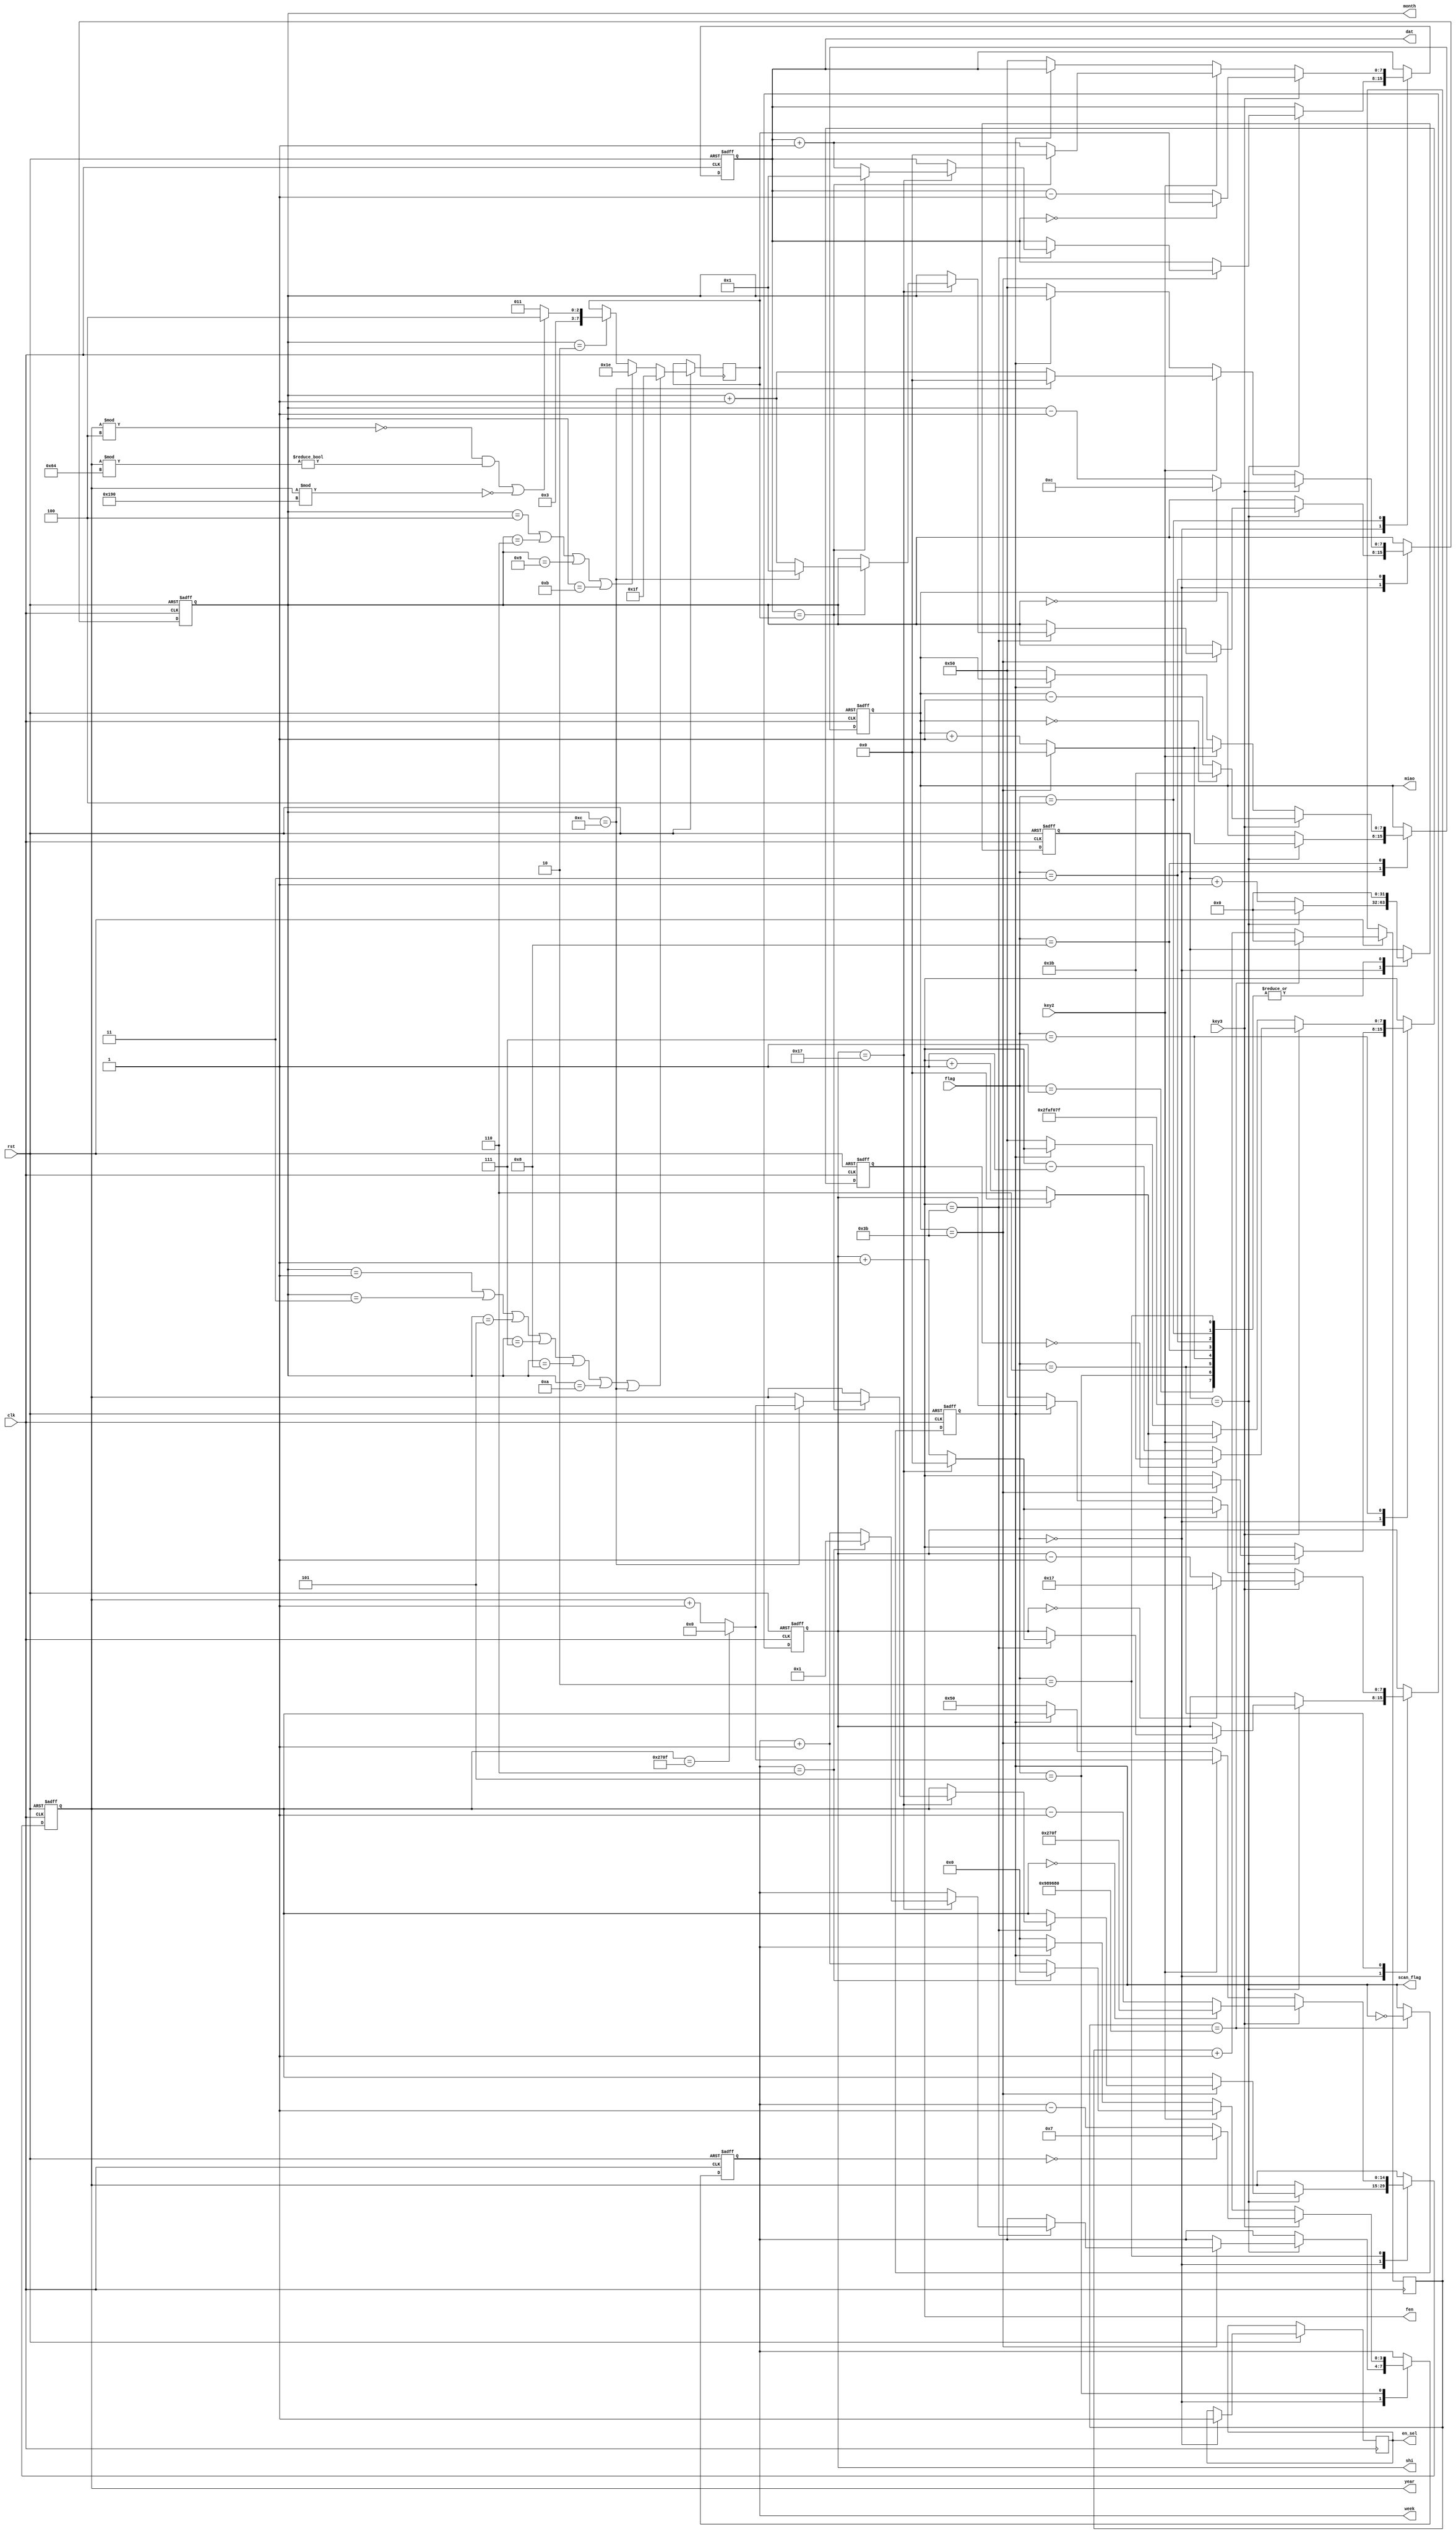
module time_module
(
clk,
flag,
rst,
key2,key3,
shi,fen,miao,
year,month,dat,
week,
en_sel,
scan_flag
);

input clk;
input [3:0] flag;
input rst;
input key2,key3;
output [7:0] shi,fen,miao;
output [7:0] month,dat;
output [14:0] year;
output [3:0] week;
output en_sel;
output scan_flag;


 reg [14:0] year;
 reg [7:0] shi,fen,miao,month,dat;
 reg en_sel;



//================================================ 
 reg [31:0] count2;
 reg  scan_flag;
 always @ (posedge clk or negedge rst) //
 begin
  if(!rst)
  begin
   scan_flag<=1'b0;
  end
  else
  begin
   count2<=count2+1;
   if(count2==32'd10000000)
   begin
    count2<=32'b0;
    scan_flag<=~scan_flag;
   end
  end
 end

 
//
 reg [31:0] count1;
 reg[3:0] week;
 reg[7:0] dat_flag;
 always @ (posedge clk or negedge rst )   
 begin
   if(!rst)
   begin //  2020-07-09  Thu    Clock:00-00-00
   shi<=8'b0;fen<=8'b0;miao<=8'b0;
   month<=8'd7;dat<=8'd9;year<=16'd2020;week<=4'd3;
	count1 <= 32'd0;
	end
	else
	 begin 
    shi<=shi;fen<=fen;miao<=miao;
    month<=month;dat<=dat;year<=year;week<=week;	

   // 31
   if(month==8'd1||month==8'd3||month==8'd5||month==8'd7||month==8'd8||month==8'd10||month==8'd12)
    dat_flag<=8'd31;
   // 30
   else if(month==8'd4||month==8'd6||month==8'd9||month==8'd11)
    dat_flag<=8'd30;
   // 
   else if(month==8'd2)
   begin
    if(year % 4 == 0 && year % 100 != 0 || year % 400 == 0)
     dat_flag<=28;
    else dat_flag<=27;
   end
    
   case(flag)
   4'b0000 :
    begin
     en_sel<=1'b1;     
     count1<=count1+1'b1;
     if(count1==32'd49999999)
     begin
      count1<=1'b0;
      miao<=miao+1'b1;
      if(miao==8'd59)
      begin
       miao<=1'b0;
       fen<=fen+1'b1;
       if(fen==8'd59)
       begin
        fen<=1'b0;
        shi<=shi+1'b1;
        if(shi==8'd23)
        begin
         shi<=1'b0;
         dat<=dat+1'b1;
         week<=week+1'b1;
         if(week==4'b0110)
          week<=1'b1;
         if(dat==dat_flag)
         begin
          dat<=8'd1;
          month<=month+1'b1;
          if(month==8'd12)
          begin
           month<=8'd1;
           year<=year+1'b1;
           if(year==16'd9999)
            year<=16'd0; //1
          end
         end         
        end
       end
      end
     end
    end
   4'b0001 :
    begin
     count1<=32'b0; 
	  shi<=shi;fen<=fen;miao<=miao;year<=year;month<=month;dat<=dat;week<=week;
    end
   4'b0010 : //
    begin
     case(scan_flag)
     1'b0:
      begin
       count1<=32'b0; //shi<=shi;fen<=fen;miao<=miao;
       year<=15'd80;
      end
     1'b1:
      begin
       count1<=32'b0; //shi<=shi;fen<=fen;miao<=miao;
      end
     endcase
     if(key2) //
     begin 
      year<=year+1'b1;
      if(year==16'd9999)
       year<=16'd0;
     end
     if(key3) //
     begin 
      year<=year-1'b1;
      if(year==16'd0)
       year<=16'd9999;
     end
    end
   4'b0011 : //
    begin
     case(scan_flag)
     1'b0:
      begin
       count1<=32'b0; //shi<=shi;fen<=fen;miao<=miao;
       month<= 8'd80;
      end
     1'b1:
      begin
       count1<=32'b0; //shi<=shi;fen<=fen;miao<=miao;
      end
     endcase
     if(key2) //
     begin 
      month<=month+1'b1;
      if(month==8'd12)
       month<=8'd0;
     end
     if(key3) //
     begin 
      month<=month-1'b1;
      if(month==8'd0)
       month<=8'd12;
     end
    end    
   4'b0100 : //
    begin
     case(scan_flag)
     1'b0:
      begin
       count1<=32'b0; //shi<=shi;fen<=fen;miao<=miao;
       dat<= 8'd80;
      end
     1'b1:
      begin
       count1<=32'b0; //shi<=shi;fen<=fen;miao<=miao;
      end
     endcase
     if(key2) //
     begin 
      dat<=dat+1'b1;
      if(dat==dat_flag)
       dat<=8'd0;
     end
     if(key3) //
     begin 
      dat<=dat-1'b1;
      if(dat==8'd0)
       dat<=dat_flag;
     end
    end     
   4'b0101 : //
    begin
     case(scan_flag)
     1'b0:
      begin
       count1<=32'b0; //shi<=shi;fen<=fen;miao<=miao;
       week<= 8'd80;
      end
     1'b1:
      begin
       count1<=32'b0; //shi<=shi;fen<=fen;miao<=miao;
      end
     endcase
     if(key2) //
     begin 
      week<=week+1'b1;
      if(week==4'd6)
       week<=4'd0;
     end
     if(key3) //
     begin 
      week<=week-1'b1;
      if(week==4'd0)
       week<=4'd7;
     end
    end 
   4'b0110 : //
    begin
     case(scan_flag)
     1'b0:
      begin
       count1<=32'b0; //shi<=shi;fen<=fen;miao<=miao;
       shi<= 8'd80;
      end
     1'b1:
      begin
       count1<=32'b0; //shi<=shi;fen<=fen;miao<=miao;
      end
     endcase
     if(key2) //
     begin 
      shi<=shi+8'b00000001;
      if(shi==8'd23)
       shi<=8'b0;
     end
     if(key3) //
     begin 
      shi<=shi-8'b00000001;
      if(shi==8'b0)
       shi<=23;
     end
    end
   4'b0111 : //
    begin
     case(scan_flag)
     1'b0:
      begin
       count1<=32'b0; //shi<=shi;fen<=fen;miao<=miao;
       fen<= 8'd80;
      end
     1'b1:
      begin
       count1<=32'b0; //shi<=shi;fen<=fen;miao<=miao;
      end
     endcase
     if(key2) //
     begin 
      fen<=fen+8'b00000001;
      if(fen==8'd59)
       fen<=8'b0;
     end
     if(key3) //
     begin 
      fen<=fen-8'b00000001;
      if(fen==8'b0)
       fen<=59;
     end
    end    
   4'b1000 : //
    begin
     case(scan_flag)
     1'b0:
      begin
       count1<=32'b0; //shi<=shi;fen<=fen;miao<=miao;
       miao<= 8'd80;
      end
     1'b1:
      begin
       count1<=32'b0; //shi<=shi;fen<=fen;miao<=miao;
      end
     endcase
     if(key2) //
     begin 
      miao<=miao+8'b00000001;
      if(miao==8'd59)
       miao<=8'b0;
     end
     if(key3) //
     begin 
      miao<=miao-8'b00000001;
      if(miao==8'b0)
       miao<=59;
     end
    end
   endcase
  end 
end  
 
endmodule